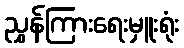
ညွှန်ကြားရေးမှူးရုံး